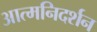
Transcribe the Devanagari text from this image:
आत्मनिदर्शन